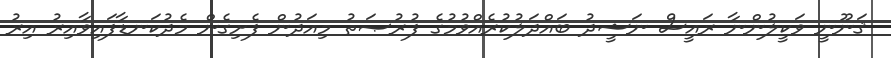
ޤަނޫނީ ވަކީލުންނާ ރައީސް ނަޝީދު ބައްދަލުކުރެއްވުމުގެ ފުރުޞަތު މިއަދުން ފެށިގެން މެދުކަނޑާފައިވާއިރު އިރު